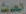
الحديث